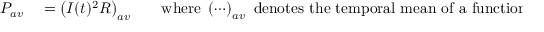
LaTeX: \begin{array} { r l r l } { P _ { a v } } & { { } = \left( I ( t ) ^ { 2 } R \right) _ { a v } } & { } & { { } { \mathrm { w h e r e ~ } } \left( \cdots \right) _ { a v } { \mathrm { ~ d e n o t e s ~ t h e ~ t e m p o r a l ~ m e a n ~ o f ~ a ~ f u n c t i o n } } } \end{array}